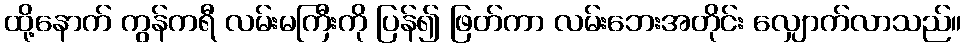
ထို့နောက် ကွန်ကရီ လမ်းမကြီးကို ပြန်၍ ဖြတ်ကာ လမ်းဘေးအတိုင်း လျှောက်လာသည်။